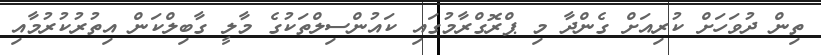
ތިން ދުވަހަށް ކުރިއަށް ގެންދާ މި ޕްރޮގްރާމުގައި ކައުންސިލްތަކުގެ މާލީ ގާބިލްކަން އިތުރުކުރުމާއި